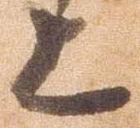
上